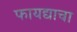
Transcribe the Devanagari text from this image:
फायद्याचा